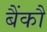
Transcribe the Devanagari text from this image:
बैंकौ